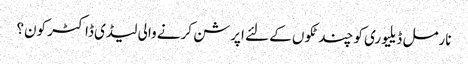
نارمل ڈیلیوری کو چند ٹکوں کے لئے اپرشن کرنے والی لیڈی ڈاکٹر کون؟